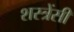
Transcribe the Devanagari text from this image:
शस्त्रेंसी